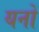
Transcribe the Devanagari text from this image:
यनों